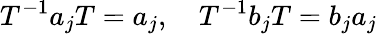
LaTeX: T^{-1}a_{j}T=a_{j},\quad T^{-1}b_{j}T=b_{j}a_{j}